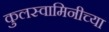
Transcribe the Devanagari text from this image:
कुलस्वामिनीच्या